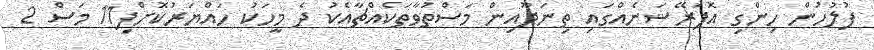
ފުލުހުން ހިންގި އޮޕަރޭޝަނެއްގައި ތިނަދޫއިން މަސްތުވާތަކެއްޗާއެކު ދެ މީހަކު ހައްޔަރުކޮށްފި11 މަސް 2